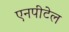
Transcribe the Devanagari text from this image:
एनपीटेल